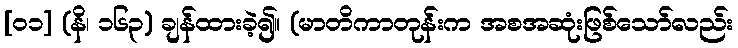
[၀၁] (နိ၊ ၁၆၃) ချန်ထားခဲ့၍။ (မာတိကာတုန်းက အစအဆုံးဖြစ်သော်လည်း